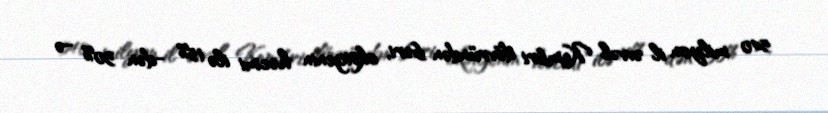
540 milyon il əvvəl Kembri dövründən bəri, oksigenin həcmi ilə 15% -dən 30% -ə